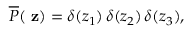
\overline { { { P } } } ( \mathrm { \bf ~ z } ) = \delta ( z _ { 1 } ) \, \delta ( z _ { 2 } ) \, \delta ( z _ { 3 } ) ,